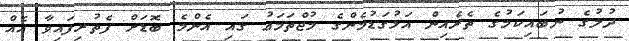
ދުލުގެ ނުބައިކަމުގެ ތެރެއިން އަޅުގަޑުމެންގެ މުޖްތަމަޢު ގައި އެންމެ ބޮޑަށް ފެތުރިފައިވާ އެއް